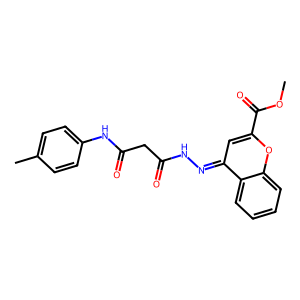
SMILES: COC(=O)c1cc(=NNC(=O)CC(=O)Nc2ccc(C)cc2)c2ccccc2o1
Inhibits HIV replication: No